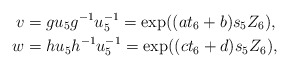
\begin{align*} v &= gu_5g^{-1}u_5^{-1} = \exp((at_6+b) s_5 Z_6), \\ w &= hu_5h^{-1}u_5^{-1} = \exp((ct_6+d) s_5 Z_6), \end{align*}